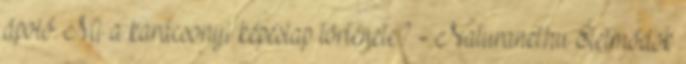
ápoló. Mi a karácsonyi képeslap története? - Naturanet.hu Életmódok